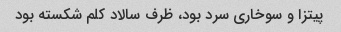
پیتزا و سوخاری سرد بود، ظرف سالاد کلم شکسته بود